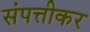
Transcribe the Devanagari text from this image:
संपत्तीकर